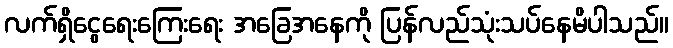
လက်ရှိငွေရေးကြေးရေး အခြေအနေကို ပြန်လည်သုံးသပ်နေမိပါသည်။